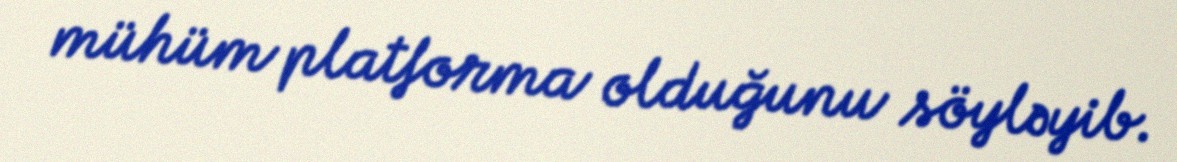
mühüm platforma olduğunu söyləyib.